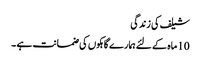
شیلف کی زندگی
10 ماہ کے لئے ہمارے گاہکوں کی ضمانت ہے ۔